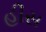
હીસ